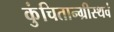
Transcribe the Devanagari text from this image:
कुंचितान्ग्रीस्थवं